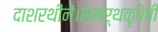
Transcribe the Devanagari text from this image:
दाशरथीनें।समर्थकृपेचीं